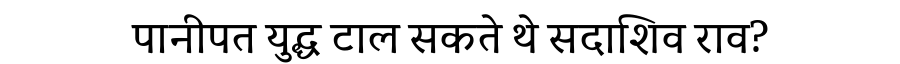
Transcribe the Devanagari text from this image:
पानीपत युद्ध टाल सकते थे सदाशिव राव?